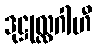
ဒုဋ္ဌုလ္လဂါဟီ